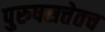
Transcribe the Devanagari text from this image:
पुरुषसत्तेतच